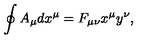
\oint A _ { \mu } d x ^ { \mu } = F _ { \mu \nu } x ^ { \mu } y ^ { \nu } ,